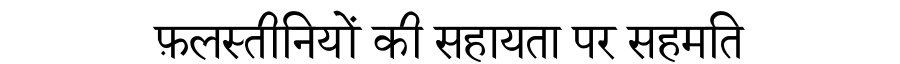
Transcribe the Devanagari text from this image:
फ़लस्तीनियों की सहायता पर सहमति